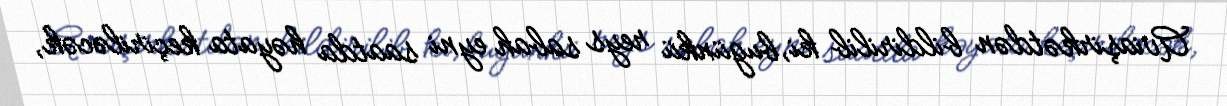
Aviaşirkətdən bildirilib ki, bugünkü reys sabah eyni saatda həyata keçiriləcək,